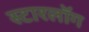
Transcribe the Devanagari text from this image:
स्टारलॉग